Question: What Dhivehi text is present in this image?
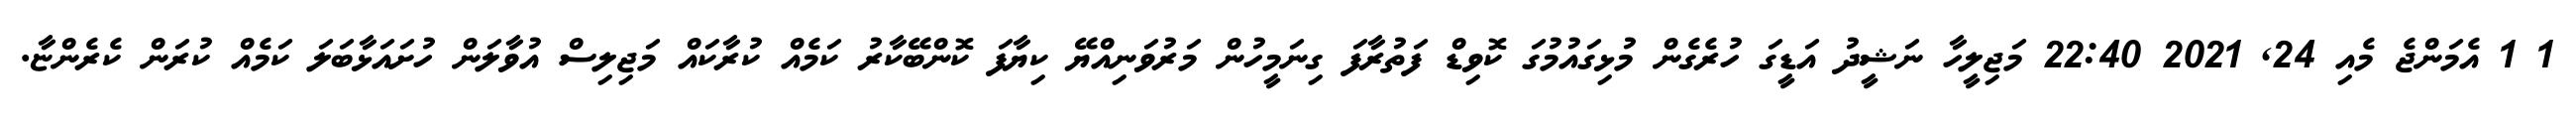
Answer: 1 1 އެމަންޖެ މެއި 24, 2021 22:40 މަޖިލީހާ ނަޝީދު އަޑީގަ ހުރެގެން މުޅިގައުމުގަ ކޮވިޑް ފަތުރާފަ ގިނަމީހުން މަރުވަނިއްޔޭ ކިޔާފަ ކޮންބޭކާރު ކަމެއް ކުރާކައް މަޖިލިސް އުވާލަން ހުށައަޅާބަލަ ކަމެއް ކުރަން ކެރެންޏާ.